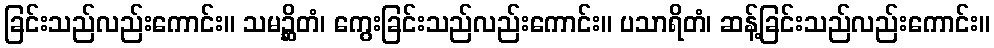
ခြင်းသည်လည်းကောင်း။ သမဉ္ဆိတံ၊ ကွေးခြင်းသည်လည်းကောင်း။ ပသာရိတံ၊ ဆန့်ခြင်းသည်လည်းကောင်း။